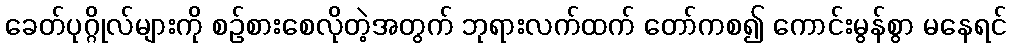
ခေတ်ပုဂ္ဂိုလ်များကို စဉ်စားစေလိုတဲ့အတွက် ဘုရားလက်ထက် တော်ကစ၍ ကောင်းမွန်စွာ မနေရင်